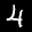
Label: 4